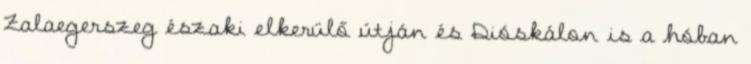
Zalaegerszeg északi elkerülő útján és Dióskálon is a hóban